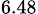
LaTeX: _{6.48}